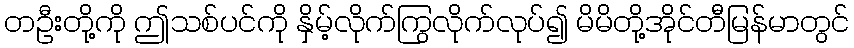
တဦးတို့ကို ဤသစ်ပင်ကို နှိမ့်လိုက်ကြွလိုက်လုပ်၍ မိမိတို့အိုင်တီမြန်မာတွင်